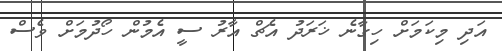
އަދި މިކަމަށް ހިގާނެ ޚަރަދު އެޗް އާރު ސީ އެމުން ހޯދުމަށް ވެސް